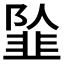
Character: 𱂍